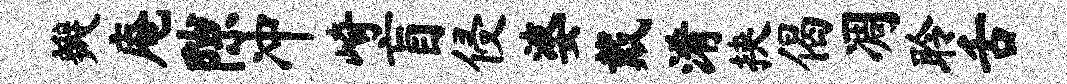
瓣庵隙冲崎盲侵婆戴淆挟偈凋聆舌